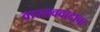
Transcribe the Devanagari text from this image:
वास्तववादाचा